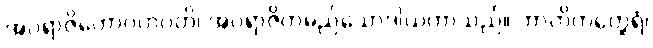
အပရာဇိတောဂဟပတိ၊ အပရာဇိတမည်သောဒါယကာသည်။ ဘာတိကတ္ထေရံ၊